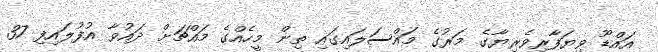
އައްޑޫ ވިޔަފާރިވެރިޔާގެ މަރުގެ މައްސަލައިގައި ތިން މީހެއްގެ މައްޗަށް ދައުވާ އުފުލައިފި 37